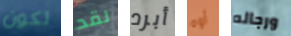
تكون لقد أبرد أوه ورجاله